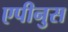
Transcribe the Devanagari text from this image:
एपीनुस